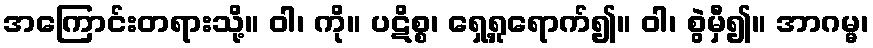
အကြောင်းတရားသို့။ ဝါ၊ ကို။ ပဋိစ္စ၊ ရှေ့ရှုရောက်၍။ ဝါ၊ စွဲမှီ၍။ အာဂမ္မ၊